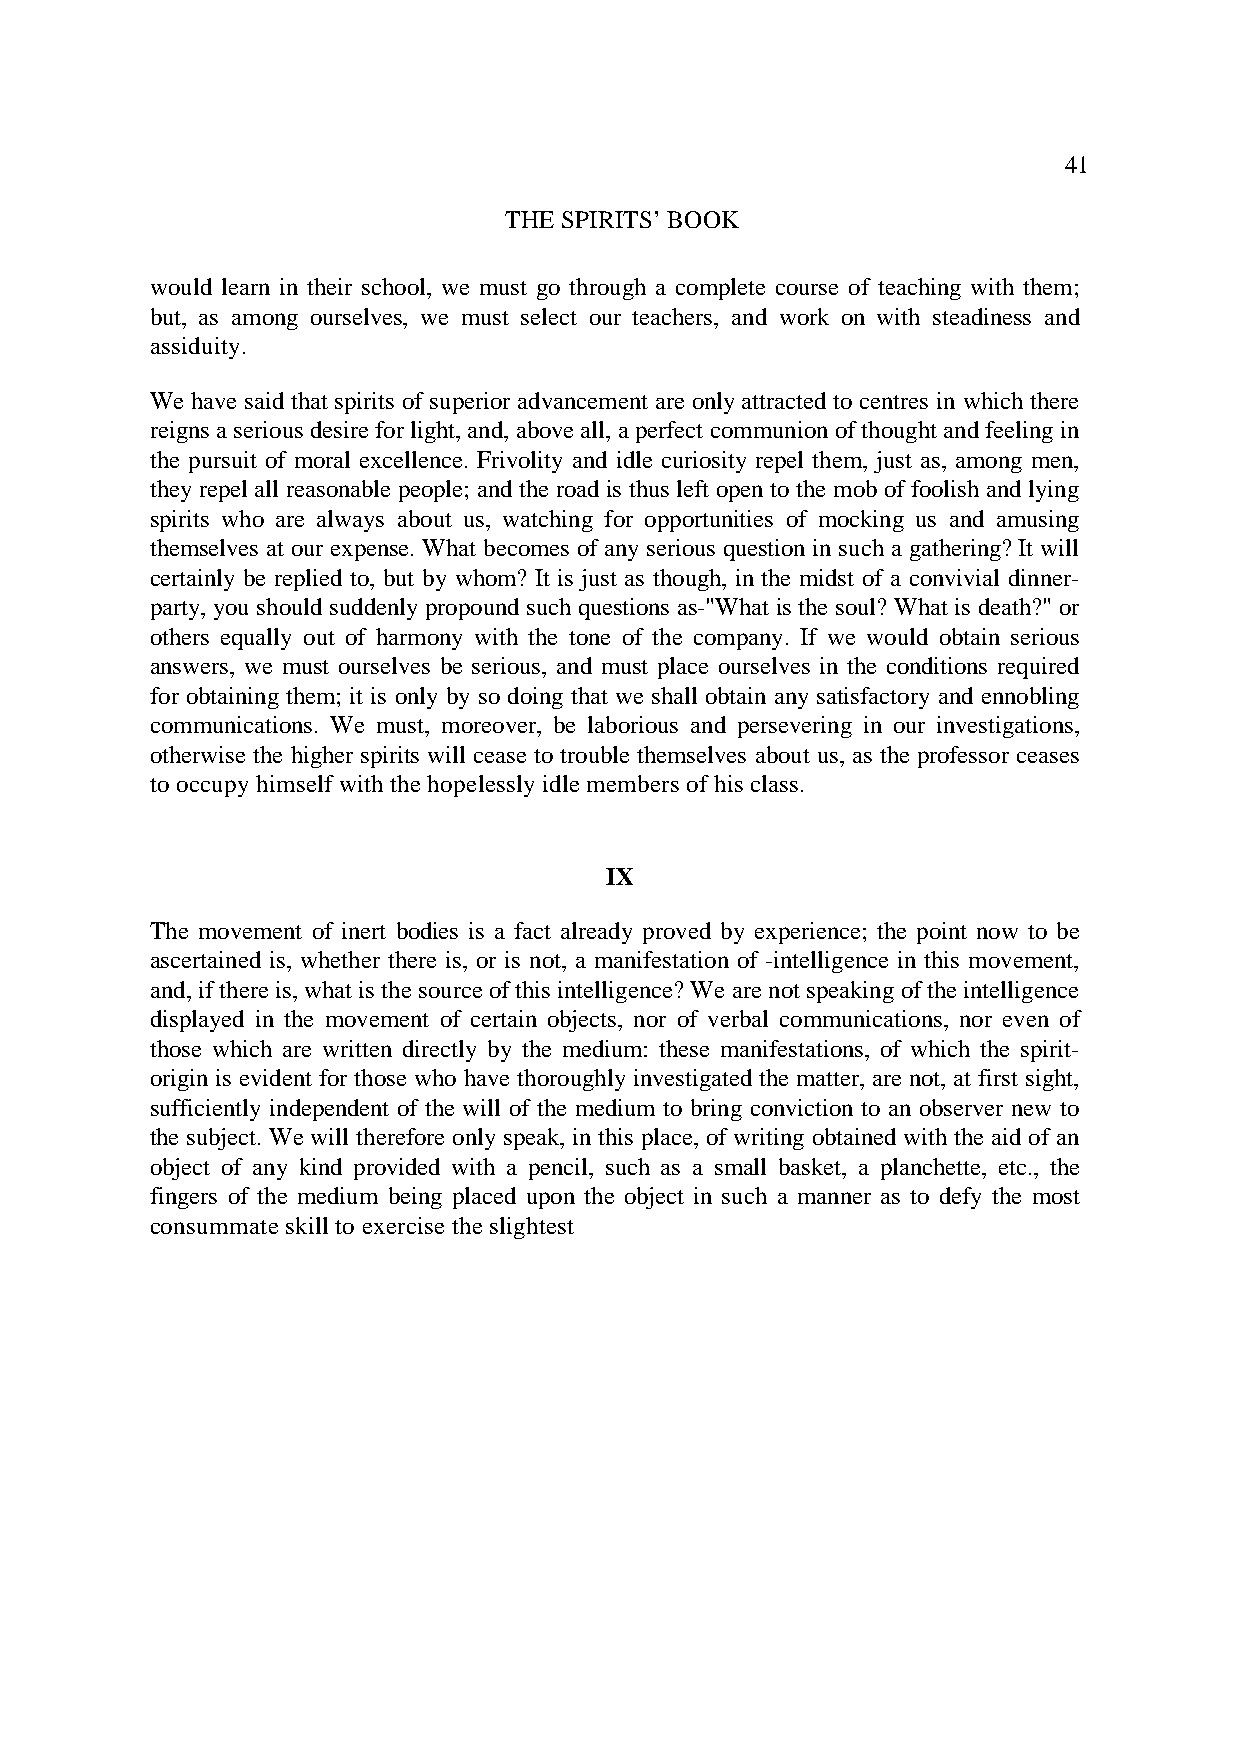
41
 THE SPIRITS’ BOOK
 would learn in their school, we must go through a complete course of teaching with them;
 but, as among ourselves, we must select our teachers, and work on with steadiness and
 assiduity.
 We have said that spirits of superior advancement are only attracted to centres in which there
 reigns a serious desire for light, and, above all, a perfect communion of thought and feeling in
 the pursuit of moral excellence. Frivolity and idle curiosity repel them, just as, among men,
 they repel all reasonable people; and the road is thus left open to the mob of foolish and lying
 spirits who are always about us, watching for opportunities of mocking us and amusing
 themselves at our expense. What becomes of any serious question in such a gathering? It will
 certainly be replied to, but by whom? It is just as though, in the midst of a convivial dinner-
 party, you should suddenly propound such questions as-"What is the soul? What is death?" or
 others equally out of harmony with the tone of the company. If we would obtain serious
 answers, we must ourselves be serious, and must place ourselves in the conditions required
 for obtaining them; it is only by so doing that we shall obtain any satisfactory and ennobling
 communications. We must, moreover, be laborious and persevering in our investigations,
 otherwise the higher spirits will cease to trouble themselves about us, as the professor ceases
 to occupy himself with the hopelessly idle members of his class.
 IX
 The movement of inert bodies is a fact already proved by experience; the point now to be
 ascertained is, whether there is, or is not, a manifestation of -intelligence in this movement,
 and, if there is, what is the source of this intelligence? We are not speaking of the intelligence
 displayed in the movement of certain objects, nor of verbal communications, nor even of
 those which are written directly by the medium: these manifestations, of which the spirit-
 origin is evident for those who have thoroughly investigated the matter, are not, at first sight,
 sufficiently independent of the will of the medium to bring conviction to an observer new to
 the subject. We will therefore only speak, in this place, of writing obtained with the aid of an
 object of any kind provided with a pencil, such as a small basket, a planchette, etc., the
 fingers of the medium being placed upon the object in such a manner as to defy the most
 consummate skill to exercise the slightest